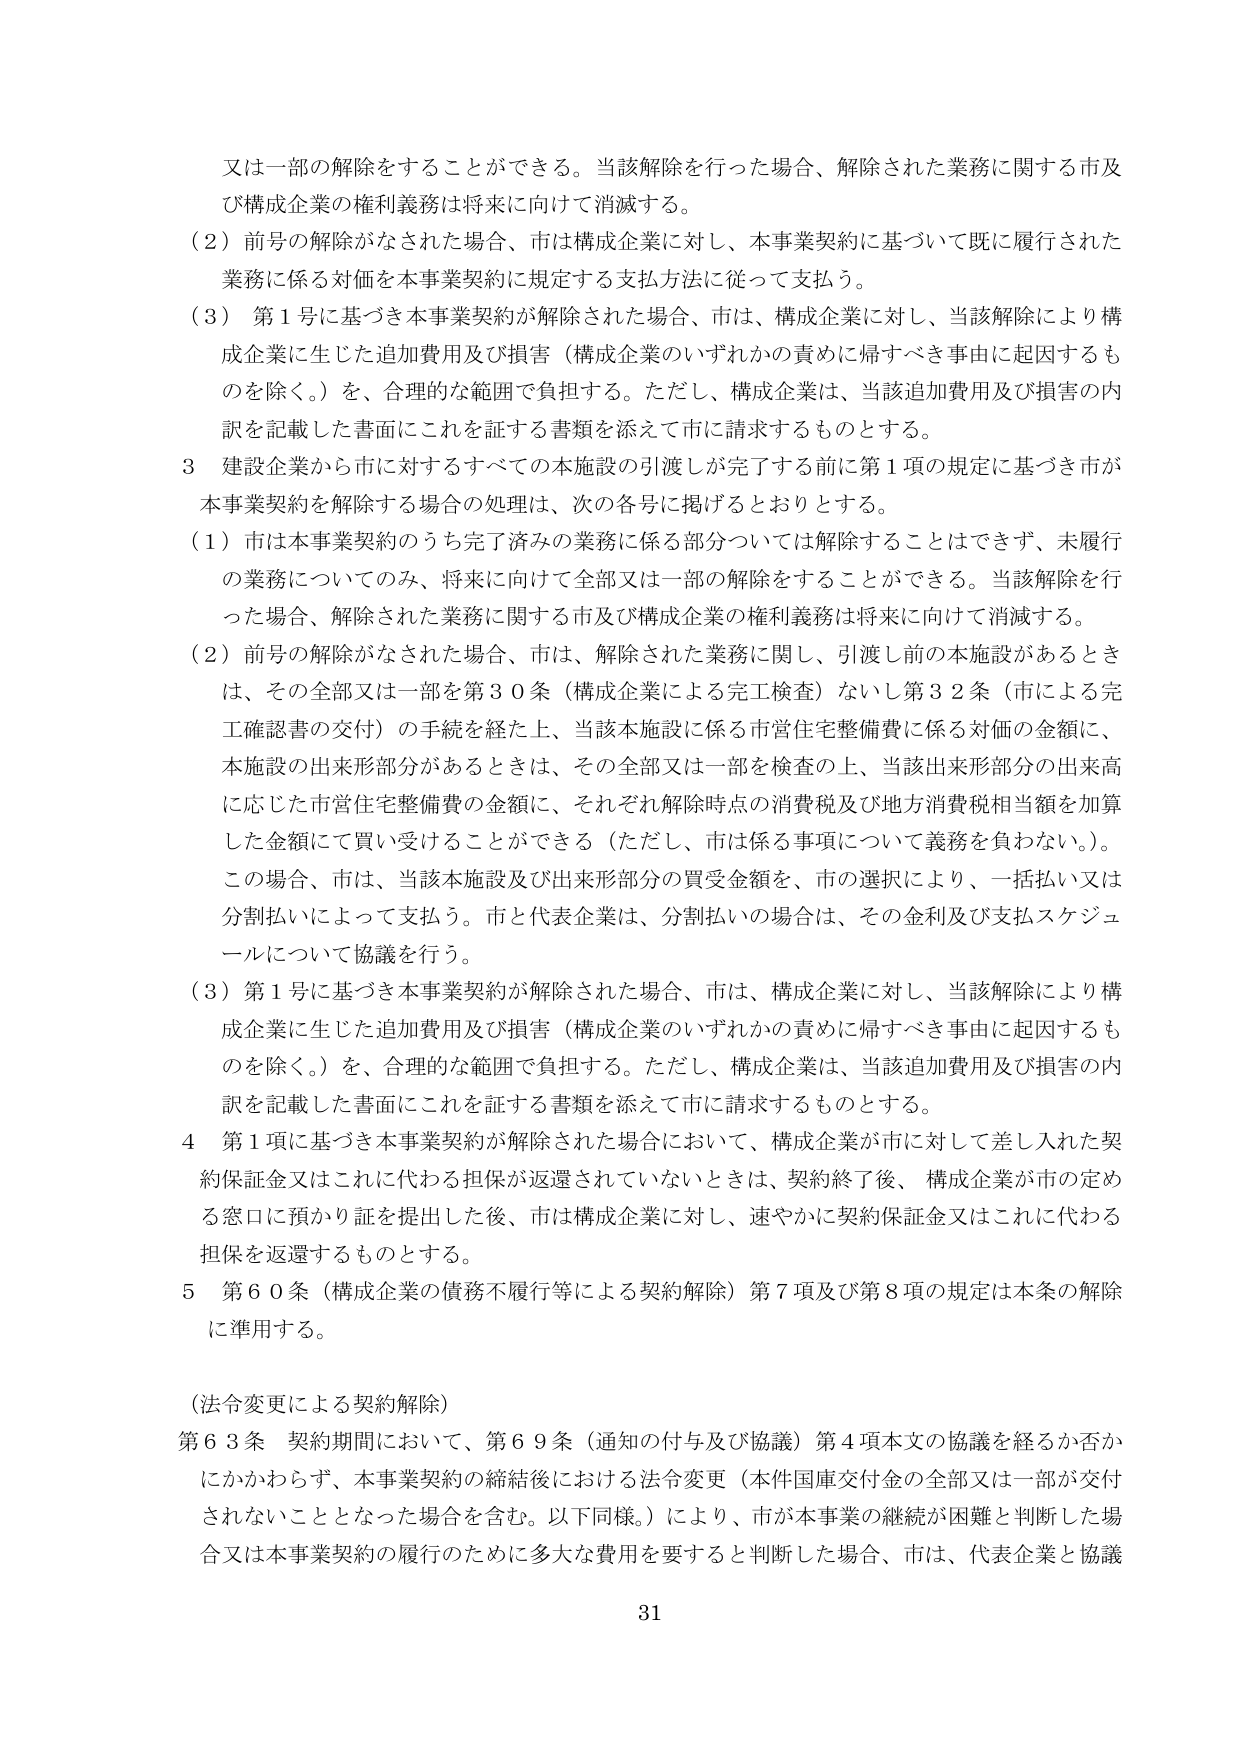
又は一部の解除をすることができる。当該解除を行った場合、解除された業務に関する市及び構成企業の権利義務は将来に向けて消滅する。

（２）前号の解除がなされた場合、市は構成企業に対し、本事業契約に基づいて既に履行された業務に係る対価を本事業契約に規定する支払方法に従って支払う。

（３）第１号に基づき本事業契約が解除された場合、市は、構成企業に対し、当該解除により構成企業に生じた追加費用及び損害（構成企業のいずれかの責めに帰すべき事由に起因するものを除く。）を、合理的な範囲で負担する。ただし、構成企業は、当該追加費用及び損害の内訳を記載した書面にこれを証する書類を添えて市に請求するものとする。

３ 建設企業から市に対するすべての本施設の引渡しが完了する前に第１項の規定に基づき市が本事業契約を解除する場合の処理は、次の各号に掲げるとおりとする。

（１）市は本事業契約のうち完了済みの業務に係る部分については解除することはできず、未履行の業務についてのみ、将来に向けて全部又は一部の解除をすることができる。当該解除を行った場合、解除された業務に関する市及び構成企業の権利義務は将来に向けて消滅する。

（２）前号の解除がなされた場合、市は、解除された業務に関し、引渡し前の本施設があるときは、その全部又は一部を第３０条（構成企業による完工検査）ないし第３２条（市による完工確認書の交付）の手続を経た上、当該本施設に係る市営住宅整備費に係る対価の金額に、本施設の出来形部分があるときは、その全部又は一部を検査の上、当該出来形部分の出来高に応じた市営住宅整備費の金額に、それぞれ解除時点の消費税及び地方消費税相当額を加算した金額にて買い受けることができる（ただし、市は係る事項について義務を負わない。）。この場合、市は、当該本施設及び出来形部分の買受金額を、市の選択により、一括払い又は分割払いによって支払う。市と代表企業は、分割払いの場合は、その金利及び支払スケジュールについて協議を行う。

（３）第１号に基づき本事業契約が解除された場合、市は、構成企業に対し、当該解除により構成企業に生じた追加費用及び損害（構成企業のいずれかの責めに帰すべき事由に起因するものを除く。）を、合理的な範囲で負担する。ただし、構成企業は、当該追加費用及び損害の内訳を記載した書面にこれを証する書類を添えて市に請求するものとする。

４ 第１項に基づき本事業契約が解除された場合において、構成企業が市に対して差し入れた契約保証金又はこれに代わる担保が返還されていないときは、契約終了後、構成企業が市の定める窓口に預かり証を提出した後、市は構成企業に対し、速やかに契約保証金又はこれに代わる担保を返還するものとする。

５ 第６０条（構成企業の債務不履行等による契約解除）第７項及び第８項の規定は本条の解除に準用する。

（法令変更による契約解除）

第６３条 契約期間において、第６９条（通知の付与及び協議）第４項本文の協議を経るか否かにかかわらず、本事業契約の締結後における法令変更（本件国庫交付金の全部又は一部が交付されないこととなった場合を含む。以下同様。）により、市が本事業の継続が困難と判断した場合又は本事業契約の履行のために多大な費用を要すると判断した場合、市は、代表企業と協議

31